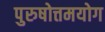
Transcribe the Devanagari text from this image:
पुरुषोत्तमयोग